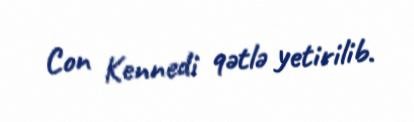
Con Kennedi qətlə yetirilib.